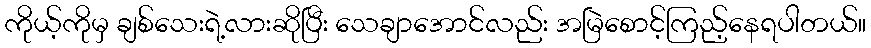
ကိုယ့်ကိုမှ ချစ်သေးရဲ့လားဆိုပြီး သေချာအောင်လည်း အမြဲစောင့်ကြည့်နေရပါတယ်။